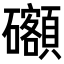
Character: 𥗳